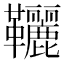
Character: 𩎉